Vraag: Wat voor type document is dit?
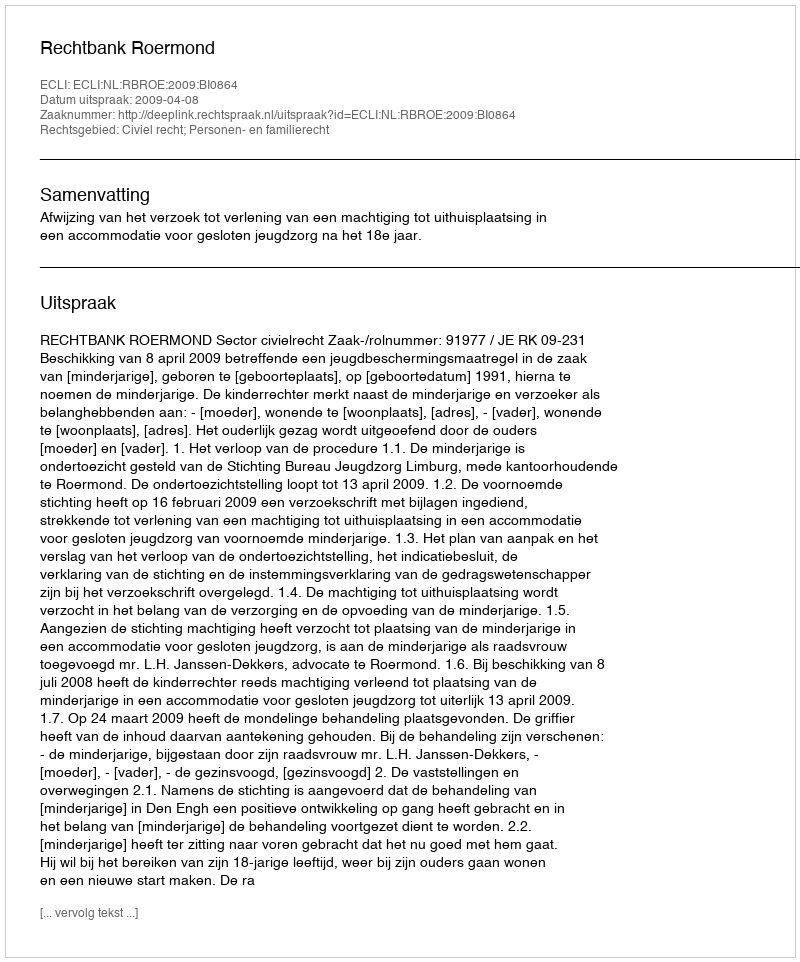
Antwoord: Uitspraak